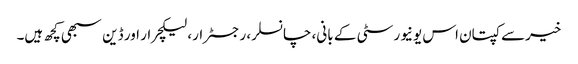
خیرسے کپتان اس یونیورسٹی کے بانی، چانسلر، رجسٹرار، لیکچرار اور ڈین سبھی کچھ ہیں۔